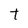
Character: t